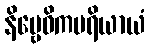
နိဗ္ဗေဓိကပရိယာယံ